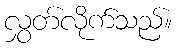
လွှတ်လိုက်သည်။